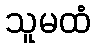
သူမထံ